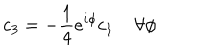
LaTeX: c _ { 3 } = - \frac { 1 } { 4 } e ^ { i \phi } c _ { 1 } \; \forall \phi